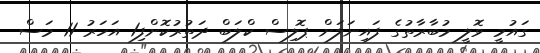
ގައުމީ ވޮލީ މުބާރާތުގެ ފައިނަަލަށް ޕޮލިސް ކްލަބް ދަތުރުކޮށްފި1 އަހަރު 11 މަސް